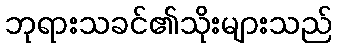
ဘုရားသခင်၏သိုးများသည်